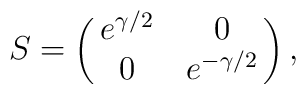
S = \pmatrix{e^{\gamma/2} & 0 \cr 0 & e^{-\gamma/2}} ,